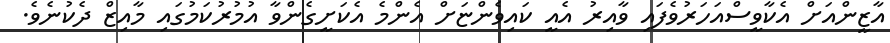
އާޒީންއަށް އެކާވީސްއަހަރުވެފައި ވާއިރު އެއީ ކައިވެންޏަށް އެންމެ އެކަށީގެންވާ އުމުރުކަމުގައި މާއިޒް ދެކުނެވެ.